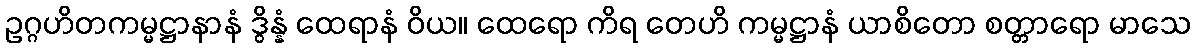
ဥဂ္ဂဟိတကမ္မဋ္ဌာနာနံ ဒွိန္နံ ထေရာနံ ဝိယ။ ထေရော ကိရ တေဟိ ကမ္မဋ္ဌာနံ ယာစိတော စတ္တာရော မာသေ